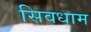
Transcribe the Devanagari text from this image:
सिवधाम